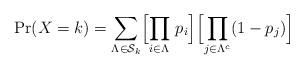
LaTeX: \begin{align*} \textrm{Pr}(X=k) = \displaystyle{\sum_{\Lambda\in\mathcal{S}_k}}\Big[ \displaystyle{\prod_{i\in\Lambda}}~p_i\Big]\Big[ \displaystyle{\prod_{j\in\Lambda^c}}(1-p_j)\Big]\end{align*}